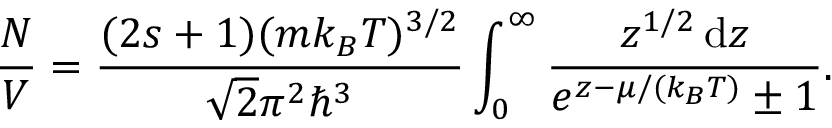
{ \frac { N } { V } } = { \frac { ( 2 s + 1 ) ( m k _ { B } T ) ^ { 3 / 2 } } { { \sqrt { 2 } } \pi ^ { 2 } \hbar ^ { 3 } } } \int _ { 0 } ^ { \infty } { \frac { z ^ { 1 / 2 } \, \mathrm { d } z } { e ^ { z - \mu / ( k _ { B } T ) } \pm 1 } } .